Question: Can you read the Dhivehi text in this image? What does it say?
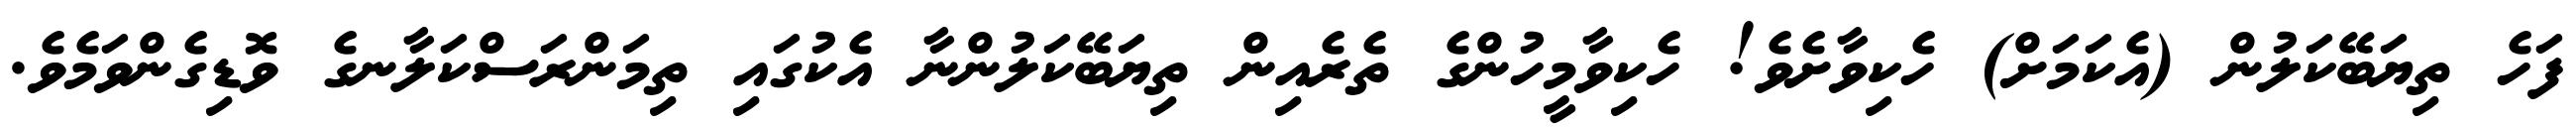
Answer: ފަހެ ތިޔަބޭކަލުން (އެކަމަށް) ހެކިވާށެވެ! ހެކިވާމީހުންގެ ތެރެއިން ތިޔަބޭކަލުންނާ އެކުގައި ތިމަންރަސްކަލާނގެ ވޮޑިގެންވަމެވެ.